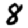
Digit: 8